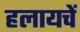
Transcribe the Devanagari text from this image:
हलायचें